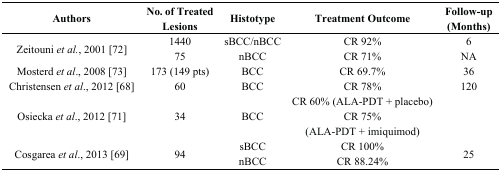
| Authors | No. of Treated Lesions | Histotype | Treatment Outcome | Follow-up (Months) |
 | --- | --- | --- | --- | --- |
 | <ROWSPAN=2> Zeitouni et al., 2001 [72] | 1440 | sBCC/nBCC | CR 92% | 6 |
 | 75 | nBCC | CR 71% | NA |
 | Mosterd et al., 2008 [73] | 173 (149 pts) | BCC | CR 69.7% | 36 |
 | Christensen et al., 2012 [68] | 60 | BCC | CR 78% | 120 |
 | <ROWSPAN=2> Osiecka et al., 2012 [71] | <ROWSPAN=2> 34 | <ROWSPAN=2> BCC | CR 60% (ALA-PDT + placebo) | <ROWSPAN=2>  |
 | CR 75% (ALA-PDT + imiquimod) |
 | <ROWSPAN=2> Cosgarea et al., 2013 [69] | <ROWSPAN=2> 94 | sBCC | CR 100% | <ROWSPAN=2> 25 |
 | nBCC | CR 88.24% |